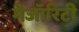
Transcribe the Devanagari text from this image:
मेजॉरिटी